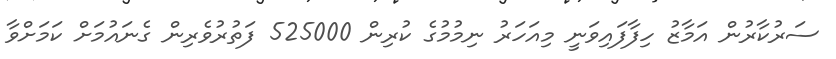
ސަރުކާރުން އަމާޒު ހިފާފައިވަނީ މިއަހަރު ނިމުމުގެ ކުރިން 525000 ފަތުރުވެރިން ގެނައުމަށް ކަމަށްވާ